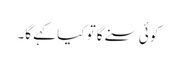
کوئی سنے گا تو کیا کہے گا۔